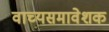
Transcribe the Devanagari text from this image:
वाच्यसमावेशक